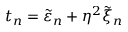
t _ { n } = \tilde { \varepsilon } _ { n } + \eta ^ { 2 } \tilde { \xi } _ { n }